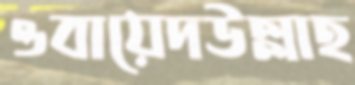
ওবায়েদউল্লাহ